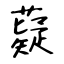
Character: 薿